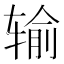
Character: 输